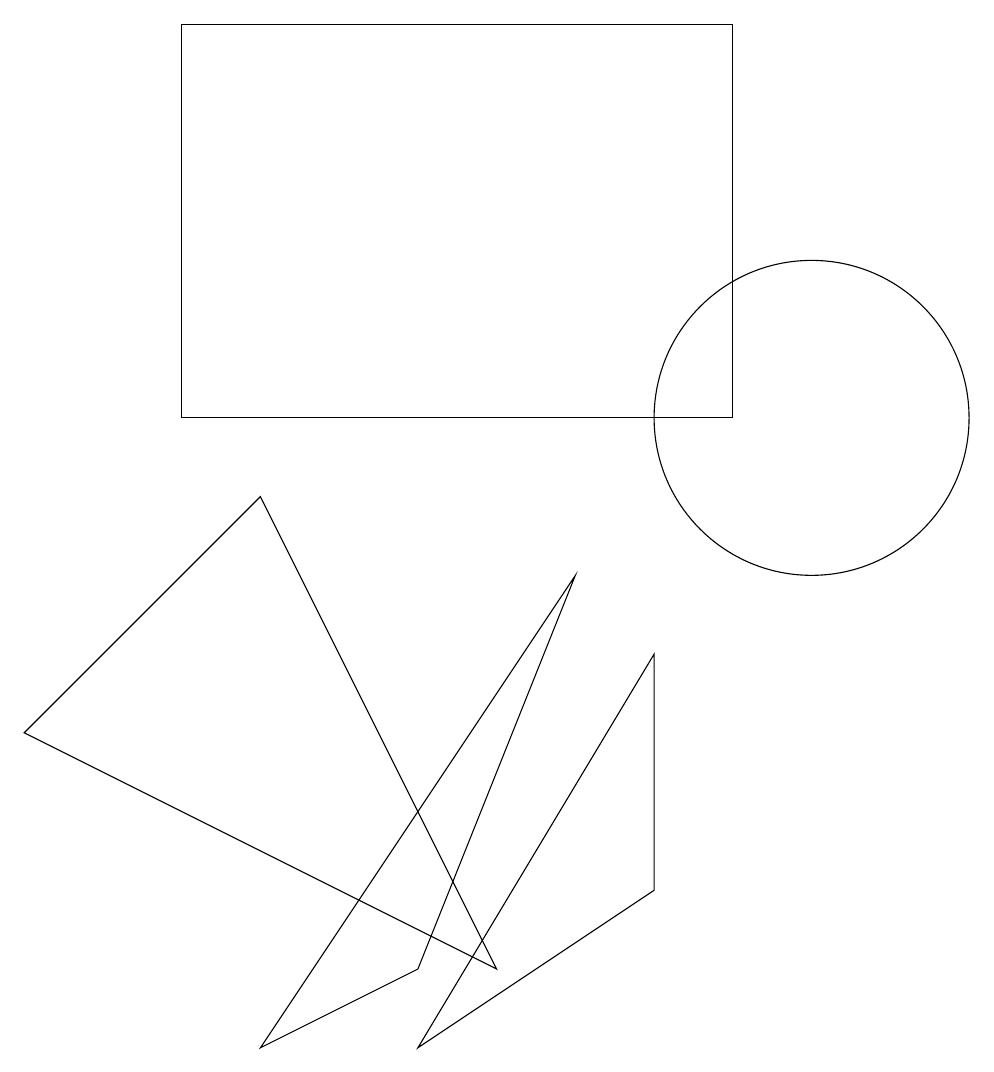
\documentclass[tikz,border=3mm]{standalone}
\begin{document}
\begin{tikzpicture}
\draw (9,15) rectangle (2,10);
\draw (5,3) -- (7,8) -- (3,2) -- cycle;
\draw (10,10) circle (0);
\draw (6,3) -- (3,9) -- (0,6) -- cycle;
\draw (10,10) circle (2);
\draw (8,7) -- (5,2) -- (8,4) -- cycle;
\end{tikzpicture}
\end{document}